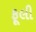
ફૂલી